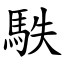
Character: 䭿